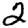
Digit: 2